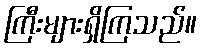
ကြီးများရှိကြသည်။